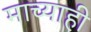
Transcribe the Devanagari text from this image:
माच्याही